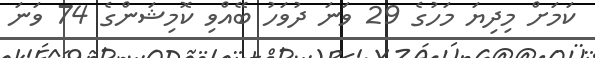
ކަމަށް މިދިޔަ މަހުގެ 29 ވަނަ ދުވަހު ބޭއްވި ކޮމިޝަންގެ 74 ވަނަ